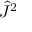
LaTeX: { \hat { J } } ^ { 2 }